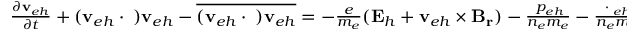
\begin{array} { r } { \frac { \partial \mathbf { v } _ { e h } } { \partial t } + ( \mathbf { v } _ { e h } \cdot \triangledown ) \mathbf { v } _ { e h } - \overline { { ( \mathbf { v } _ { e h } \cdot \triangledown ) \mathbf { v } _ { e h } } } = - \frac { e } { m _ { e } } ( \mathbf { E } _ { h } + \mathbf { v } _ { e h } \times \mathbf { B _ { r } } ) - \frac { \triangledown p _ { e h } } { n _ { e } m _ { e } } - \frac { \triangledown \cdot { \bf \Pi } _ { e h } } { n _ { e } m _ { e } } } \end{array}